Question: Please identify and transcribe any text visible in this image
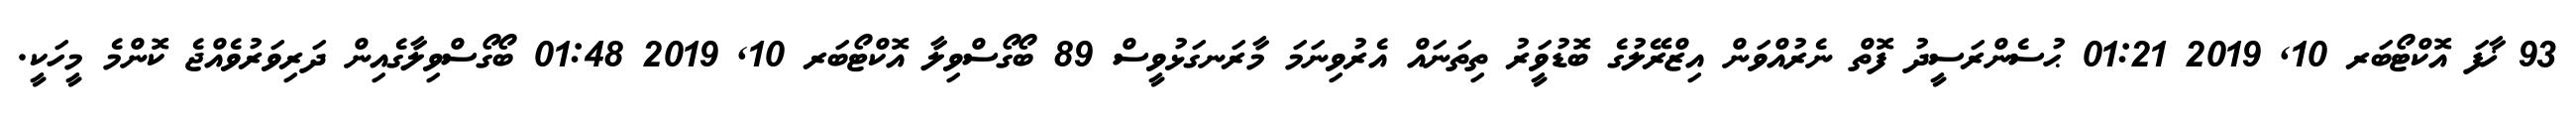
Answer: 93 ޚާފަ އޮކްޓޯބަރ 10, 2019 01:21 ޙުސެންރަސީދު ފޮތް ނެރުއްވަން އިޒްރޭލުގެ ބޮޑުވަީރު ތިތަނައް އެރުވިނަމަ މާރަނގަޅުވީސް 89 ބޯގޯސްވިލާ އޮކްޓޯބަރ 10, 2019 01:48 ބޯގޯސްވިލާގެއިން ދަރިވަރުވެއްޖެ ކޮންމެ މީހަކީ.